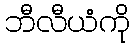
ဘီလီယံကို